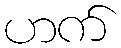
ဟက်